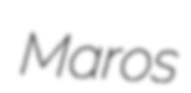
Maros